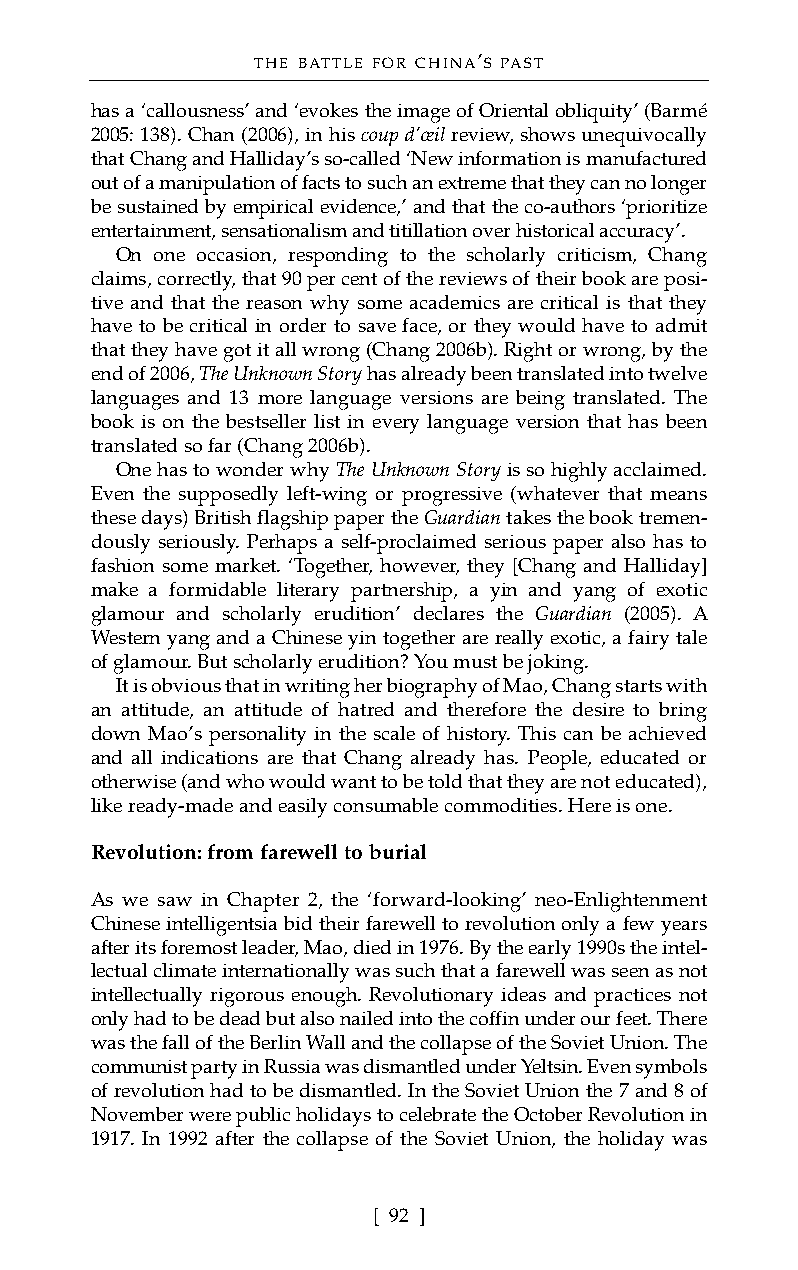
THE BATTLE FOR CHINA’S PAST
 has a ‘callousness’ and ‘evokes the image of Oriental obliquity’ (Barmé
 2005: 138). Chan (2006), in his coup d’œilreview, shows unequivocally
 that Chang and Halliday’s so-called ‘New information is manufactured
 out of a manipulation of facts to such an extreme that they can no longer
 be sustained by empirical evidence,’ and that the co-authors ‘prioritize
 entertainment, sensationalism and titillation over historical accuracy’.
 On one occasion, responding to the scholarly criticism, Chang
 claims, correctly, that 90 per cent of the reviews of their book are posi-
 tive and that the reason why some academics are critical is that they
 have to be critical in order to save face, or they would have to admit
 that they have got it all wrong (Chang 2006b). Right or wrong, by the
 end of 2006, The Unknown Storyhas already been translated into twelve
 languages and 13 more language versions are being translated. The
 book is on the bestseller list in every language version that has been
 translated so far (Chang 2006b).
 One has to wonder why The Unknown Storyisso highly acclaimed.
 Even the supposedly left-wing or progressive (whatever that means
 these days) British flagship paper the Guardiantakes the book tremen-
 dously seriously. Perhaps a self-proclaimed serious paper also has to
 fashion some market. ‘Together, however, they [Chang and Halliday]
 make a formidable literary partnership, a yin and yang of exotic
 glamour and scholarly erudition’ declares the Guardian (2005). A
 Western yang and a Chinese yin together are really exotic, a fairy tale
 of glamour. But scholarly erudition? You must be joking.
 It is obvious that in writing her biography of Mao, Chang starts with
 an attitude, an attitude of hatred and therefore the desire to bring
 down Mao’s personality in the scale of history. This can be achieved
 and all indications are that Chang already has. People, educated or
 otherwise (and who would want to be told that they are not educated),
 like ready-made and easily consumable commodities. Here is one.
 Revolution: from farewell to burial
 As we saw in Chapter 2, the ‘forward-looking’ neo-Enlightenment
 Chinese intelligentsia bid their farewell to revolution only a few years
 after its foremost leader, Mao, died in 1976. By the early 1990s the intel-
 lectual climate internationally was such that a farewell was seen as not
 intellectually rigorous enough. Revolutionary ideas and practices not
 only had to be dead but also nailed into the coffin under our feet. There
 was the fall of the Berlin Wall and the collapse of the Soviet Union. The
 communist party in Russia was dismantled under Yeltsin. Even symbols
 of revolution had to be dismantled. In the Soviet Union the 7 and 8 of
 November were public holidays to celebrate the October Revolution in
 1917. In 1992 after the collapse of the Soviet Union, the holiday was
 [ 92 ]